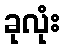
ခုလုံး